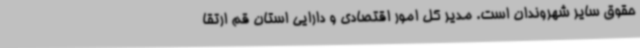
حقوق سایر شهروندان است. مدیر کل امور اقتصادی و دارایی استان قم ارتقا